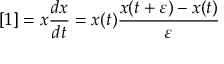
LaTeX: [ 1 ] = x { \frac { d x } { d t } } = x ( t ) { \frac { x ( t + \varepsilon ) - x ( t ) } { \varepsilon } }